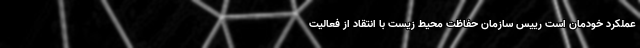
عملکرد خودمان است رییس سازمان حفاظت محیط زیست با انتقاد از فعالیت